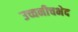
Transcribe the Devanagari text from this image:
उच्चनीचभेद